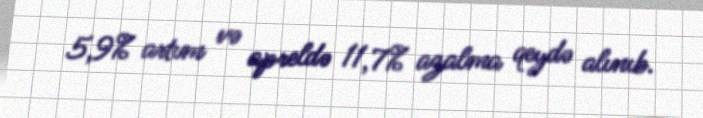
5,9% artım və apreldə 11,7% azalma qeydə alınıb.